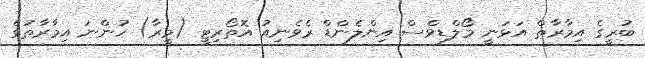
ބުރީގެ އިމާރާތް އަޅަނީ މޯލްޑިވްސް އިންލެންޑް ރެވެނިއު އޮތޯރިޓީ (މީރާ) ހުންނަ އިމާރާތުގެ